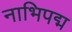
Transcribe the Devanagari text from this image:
नाभिपद्म